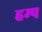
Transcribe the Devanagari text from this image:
हम्प